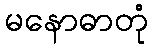
မနောဓာတုံ